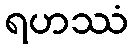
ရဟဿံ